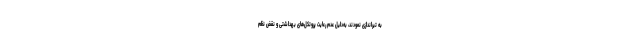
به تیراندازی نمودند، به‌دلیل عدم رعایت پروتکل‌های بهداشتی و نقض نظم